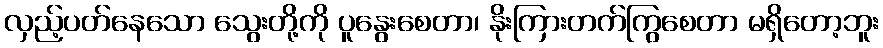
လှည့်ပတ်နေသော သွေးတို့ကို ပူနွေးစေတာ၊ နိုးကြားတက်ကြွစေတာ မရှိတော့ဘူး